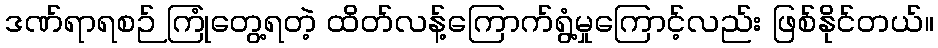
ဒဏ်ရာရစဉ် ကြုံတွေ့ရတဲ့ ထိတ်လန့်ကြောက်ရွံ့မှုကြောင့်လည်း ဖြစ်နိုင်တယ်။